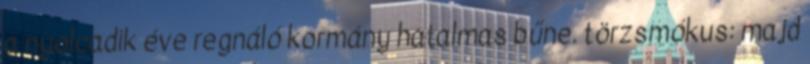
a nyolcadik éve regnáló kormány hatalmas bűne. törzsmókus: majd